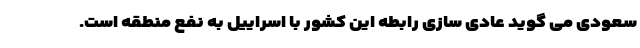
سعودی می گوید عادی سازی رابطه این کشور با اسراییل به نفع منطقه است.